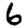
Digit: 6